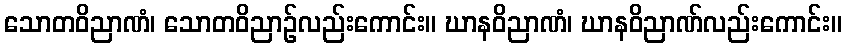
သောတဝိညာဏံ၊ သောတဝိညာဉ်လည်းကောင်း။ ဃာနဝိညာဏံ၊ ဃာနဝိညာဏ်လည်းကောင်း။